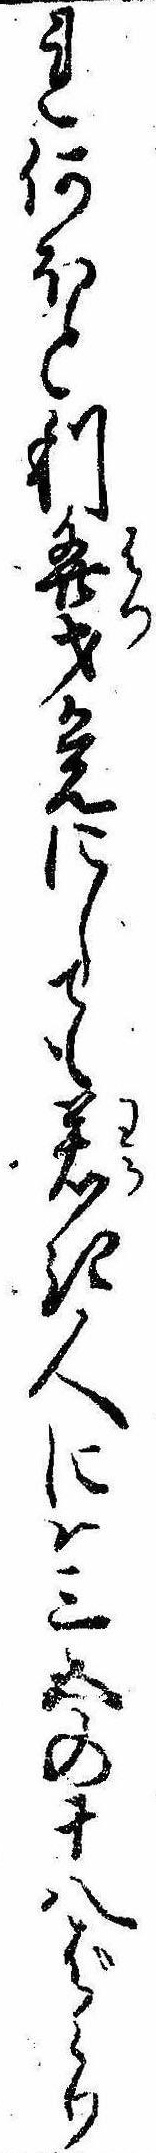
れ何ほと利発才覚にしても若き人には三五の十八ばらり